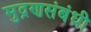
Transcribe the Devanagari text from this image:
मुद्रणसंबंधी